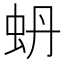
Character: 蚒